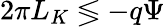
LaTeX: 2\pi L_{K}\lessgtr-q\Psi